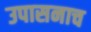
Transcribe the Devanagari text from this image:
उपासनाच